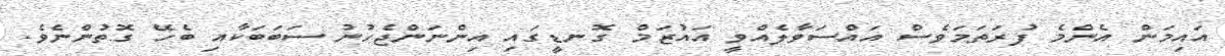
އައިމަން އެންމެ ފުރަތަމަވެސް އައްސަވާލެއްވީ އައުޒަމް ގޮނޑީގައި އިންނަންޖެހުނު ސަބަބަކާއި ބެހޭ ގޮތުންނެވެ.